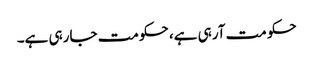
حکومت آرہی ہے، حکومت جارہی ہے۔